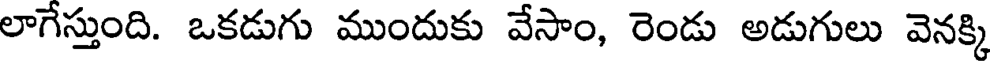
లాగేస్తుంది. ఒకడుగు ముందుకు వేసాం, రెండు అడుగులు వెనక్కి